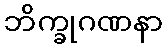
ဘိက္ခုဂဏနာ